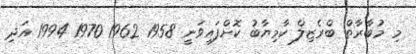
މި މުބާރާތް ބްރެޒިލް ކާމިޔާބު ކޮށްފައިވަނީ 1958 1962 1970 1994 އަދި